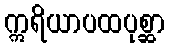
ဣရိယာပထပုစ္ဆာ